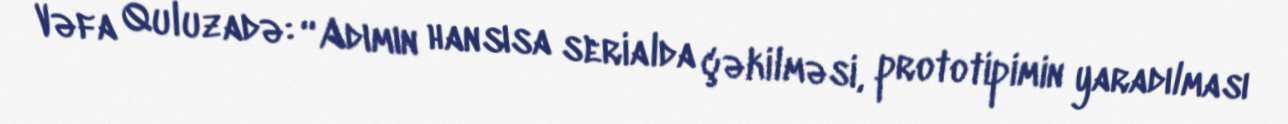
Vəfa Quluzadə: “Adımın hansısa serialda çəkilməsi, prototipimin yaradılması